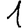
Digit: 1